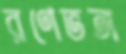
রণেভঙ্গ